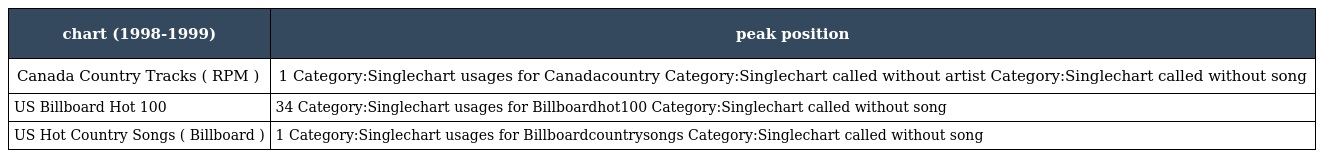
| chart (1998-1999) | peak position |
 | --- | --- |
 | Canada Country Tracks ( RPM ) | 1 Category:Singlechart usages for Canadacountry Category:Singlechart called without artist Category:Singlechart called without song |
 | US Billboard Hot 100 | 34 Category:Singlechart usages for Billboardhot100 Category:Singlechart called without song |
 | US Hot Country Songs ( Billboard ) | 1 Category:Singlechart usages for Billboardcountrysongs Category:Singlechart called without song |